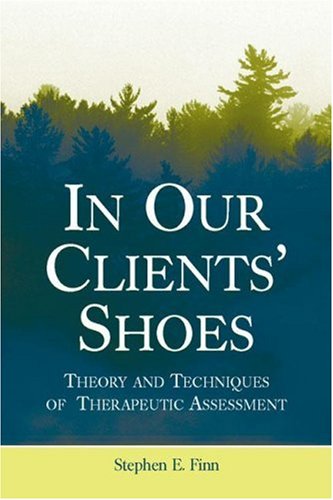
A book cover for In Our Clients' Shoes: Theory and Techniques of Therapeutic Assessment (Counseling and Psychotherapy); Stephen E. Finn; Medical Books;